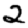
Digit: 2